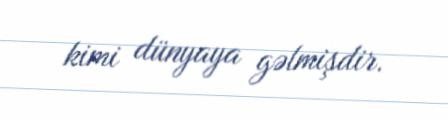
kimi dünyaya gəlmişdir.